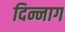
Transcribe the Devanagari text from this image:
दिन्नाग